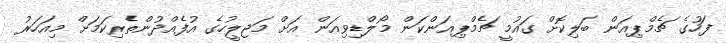
ފަހުގެ ޗެމްޕިއަން ބަލިކޮށް ގައުމީ ޗެމްޕިއަންކަން މޯލްޑިވިއަން އަށް މަޖިލީހުގެ އުފެއްދުންތެރިކަމަށް މިއަހަރު